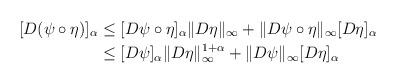
LaTeX: \begin{align*} [D(\psi\circ\eta)]_\alpha &\leq [D\psi\circ\eta]_\alpha \|D\eta\|_\infty + \|D\psi\circ\eta\|_\infty [D\eta]_\alpha \\ &\leq [D\psi]_\alpha \|D\eta\|_\infty^{1+\alpha} + \|D\psi\|_\infty [D\eta]_\alpha \end{align*}